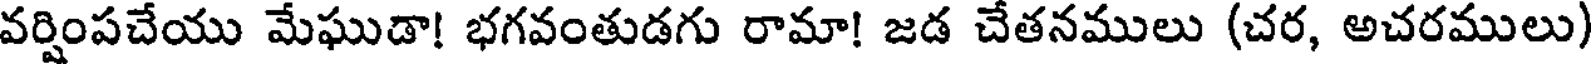
వర్షింపచేయు మేఘుడా! భగవంతుడగు రామా! జడ చేతనములు (చర, అచరములు)